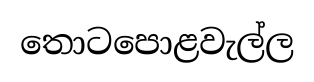
තොටපොළවැල්ල